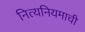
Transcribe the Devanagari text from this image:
नित्यनियमाची